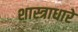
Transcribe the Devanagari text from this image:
शास्त्राधारे